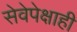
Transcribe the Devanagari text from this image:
सेवेपेक्षाही